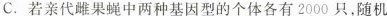
C.若亲代雌果蝇中两种基因型的个体各有2000只，随机